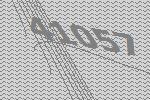
41057